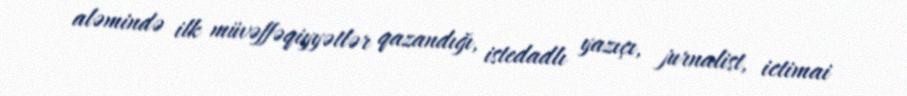
aləmində ilk müvəffəqiyyətlər qazandığı, istedadlı yazıçı, jurnalist, ictimai